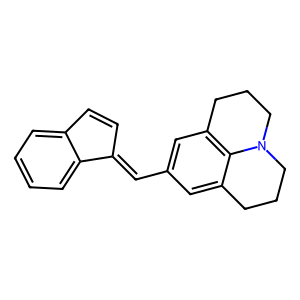
SMILES: C1=Cc2ccccc2C1=Cc1cc2c3c(c1)CCCN3CCC2
Inhibits HIV replication: No